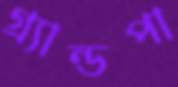
গ্র্যান্ডপা